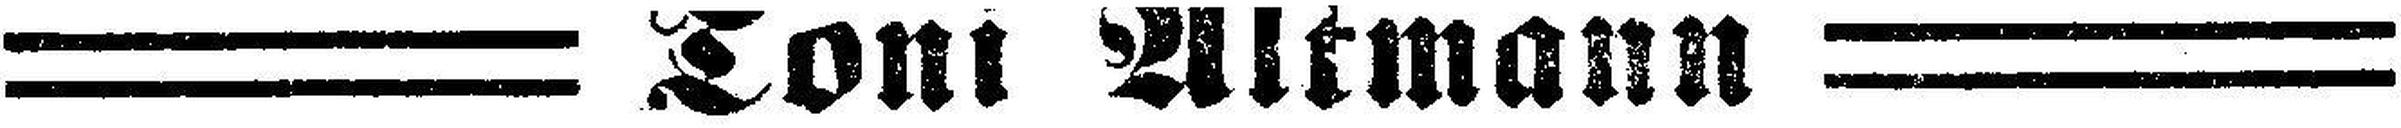
= Toni Altmann =